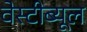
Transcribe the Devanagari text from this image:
वेस्टीब्यूल